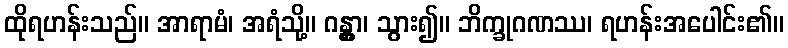
ထိုရဟန်းသည်။ အာရာမံ၊ အရံသို့။ ဂန္တွာ၊ သွား၍။ ဘိက္ခုဂဏဿ၊ ရဟန်းအပေါင်း၏။